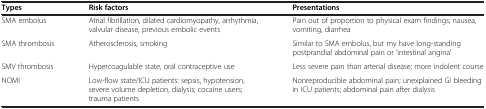
<table><thead><tr><td><b>Types</b></td><td><b>Risk factors</b></td><td><b>Presentations</b></td></tr></thead><tbody><tr><td>SMA embolus</td><td>Atrial fibrillation, dilated cardiomyopathy, arrhythmia, valvular disease, previous embolic events</td><td>Pain out of proportion to physical exam findings; nausea, vomiting, diarrhea</td></tr><tr><td>SMA thrombosis</td><td>Atherosclerosis, smoking</td><td>Similar to SMA embolus, but my have long-standing postprandial abdominal pain or ‘intestinal angina’</td></tr><tr><td>SMV thrombosis</td><td>Hypercoagulable state, oral contraceptive use</td><td>Less severe pain than arterial disease; more indolent course</td></tr><tr><td>NOMI</td><td>Low-flow state/ICU patients: sepsis, hypotension, severe volume depletion, dialysis; cocaine users; trauma patients</td><td>Nonreproducible abdominal pain; unexplained GI bleeding in ICU patients; abdominal pain after dialysis</td></tr></tbody></table>